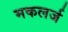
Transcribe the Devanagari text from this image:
मकलर्ज